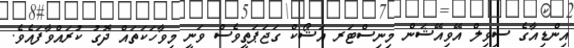
އިންޑިއާގެ ސިވިލް އޭވިއޭޝަން މިނިސްޓަރ އަޝޯކް ގަޖަޕަތީވެސް ވަނީ މިވާހަކަތައް ދޮގު ކުރައްވާފައެވެ.